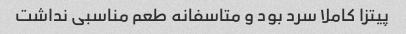
پیتزا کاملا سرد بود و متاسفانه طعم مناسبی نداشت